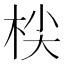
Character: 𣑷